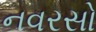
નવરસો